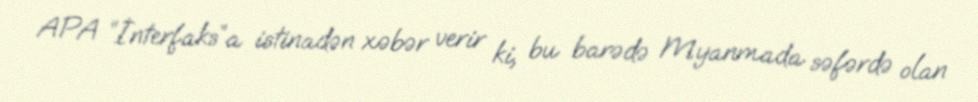
APA “İnterfaks“a istinadən xəbər verir ki, bu barədə Myanmada səfərdə olan